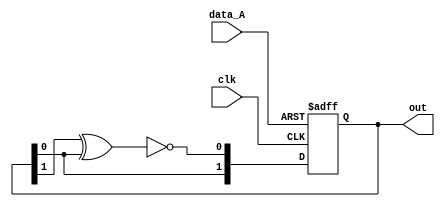
module linear_register(out, clk, data_A);
    // Okay we are going to check gtkwave because value doesn't change
    input data_A, clk;
    output [1:0] out;

    wire w1;
    reg [1:0] out;
    initial begin
        // Initialize register
        out <= 2'b0;
    end
    assign w1 = ~(out[1] ^ out[0]);


    always @(posedge clk, posedge data_A)
        begin
        if (data_A)
            out <= 2'b0;
        else
            out <= {out[0], w1};
        end

endmodule